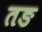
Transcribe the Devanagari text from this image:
तङ